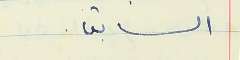
السابق.